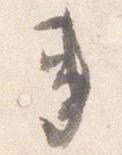
事